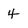
Character: 4